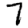
Digit: 7